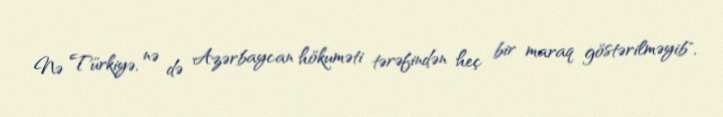
Nə Türkiyə, nə də Azərbaycan hökuməti tərəfindən heç bir maraq göstərilməyib",